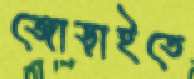
জোড়াইতে